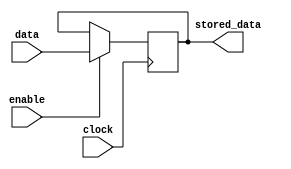
module transparent_latch (
    input data,
    input enable,
    input clock,
    output reg stored_data
);

always @(posedge clock) begin
    if (enable) begin
        stored_data <= data;
    end
end

endmodule